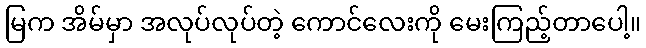
မြက အိမ်မှာ အလုပ်လုပ်တဲ့ ကောင်လေးကို မေးကြည့်တာပေါ့။